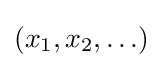
\left(x_{1},x_{2},\ldots \right)